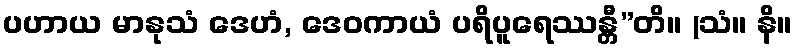
ပဟာယ မာနုသံ ဒေဟံ, ဒေဝကာယံ ပရိပူရေဿန္တီ”တိ။ (သံ။ နိ။